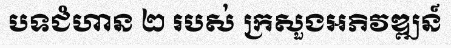
បទជំហាន ២ របស់ ក្រសួងអភិវឌ្ឍន៍